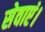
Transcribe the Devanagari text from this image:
सेवाएं।